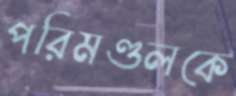
পরিমণ্ডলকে